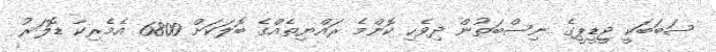
ސަބަބަކީ ޖީޑީޕީގެ ނިސްބަތުން ދިވެހި ކޮންމެ ރައްޔިތެއްގެ ބޮލަކަށް 6800 އެމެރިކާ ޑޮލަރު